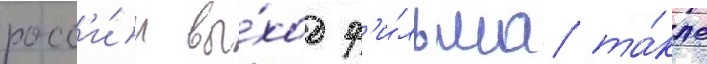
росс'и́и вы́ход ф'и́льма та́кже